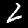
Label: 2